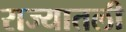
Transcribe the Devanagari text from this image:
राज्यातली